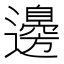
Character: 邊